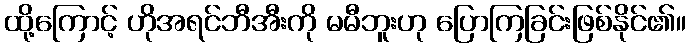
ထို့ကြောင့် ဟိုအရင်ဘီအီးကို မမီဘူးဟု ပြောကြခြင်းဖြစ်နိုင်၏။